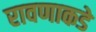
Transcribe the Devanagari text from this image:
रावणाकडे